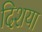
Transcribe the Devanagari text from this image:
दिशया